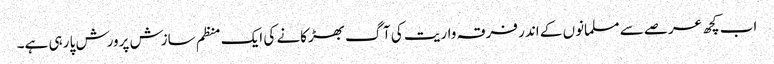
اب کچھ عرصے سے مسلمانوں کے اندر فرقہ واریت کی آگ بھڑکانے کی ایک منظم سازش پرورش پا رہی ہے۔